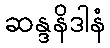
ဆန္ဒနိဒါနံ